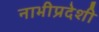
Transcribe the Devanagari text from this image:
नाभीप्रदेशी